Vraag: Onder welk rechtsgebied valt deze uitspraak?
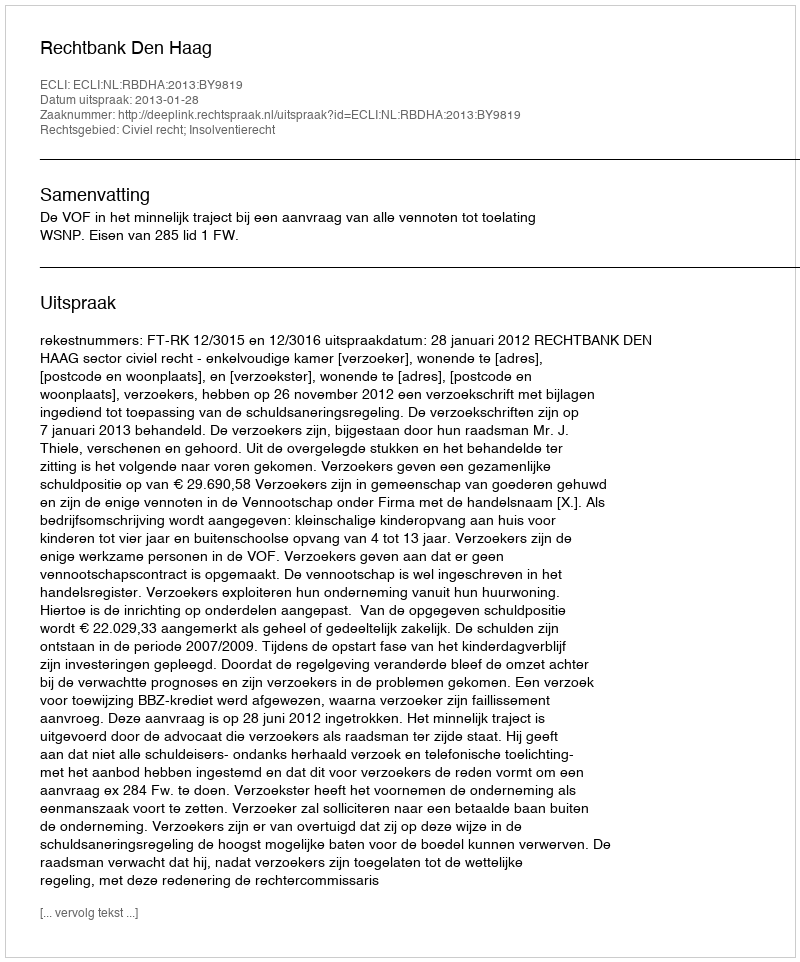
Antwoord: Civiel recht; Insolventierecht